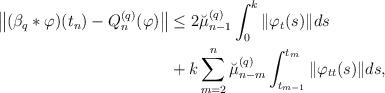
LaTeX: \begin{align*} \big\| (\beta_q \ast \varphi)(t_n) - Q_{n}^{(q)}(\varphi) \big\| & \leq 2 \breve{\mu}_{n-1}^{(q)} \int_{0}^{k}\|\varphi_t(s)\|ds \\ & + k\sum\limits_{m=2}^{n} \breve{\mu}_{n-m}^{(q)} \int_{t_{m-1}}^{t_{m}} \|\varphi_{tt}(s)\| ds, \end{align*}